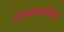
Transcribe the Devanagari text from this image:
प्रभावळीचे